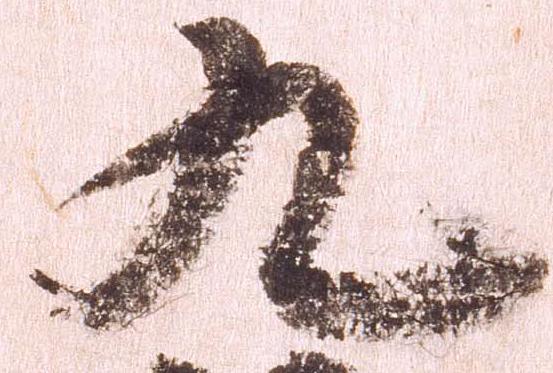
九